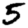
Digit: 5